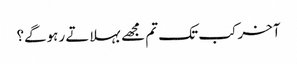
آخر کب تک تم مجھے بہلاتے رہوگے؟